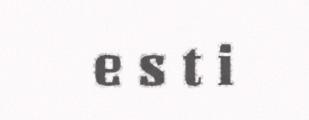
e s t i